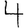
Digit: 4